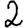
Digit: 2